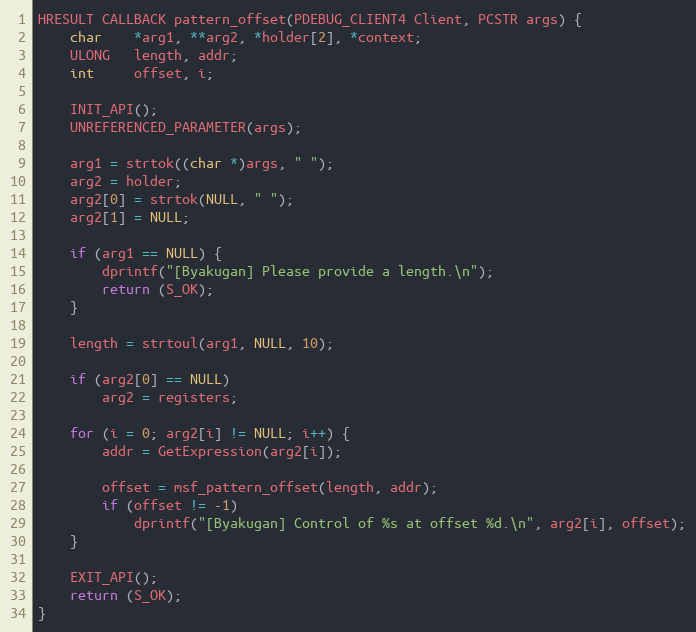
Language: C++
HRESULT CALLBACK pattern_offset(PDEBUG_CLIENT4 Client, PCSTR args) {
    char    *arg1, **arg2, *holder[2], *context;
    ULONG   length, addr;
    int     offset, i;

    INIT_API();
    UNREFERENCED_PARAMETER(args);

    arg1 = strtok((char *)args, " ");
    arg2 = holder;
    arg2[0] = strtok(NULL, " ");
    arg2[1] = NULL;

    if (arg1 == NULL) {
        dprintf("[Byakugan] Please provide a length.\n");
        return (S_OK);
    }

    length = strtoul(arg1, NULL, 10);

    if (arg2[0] == NULL)
        arg2 = registers;

    for (i = 0; arg2[i] != NULL; i++) {
        addr = GetExpression(arg2[i]);

        offset = msf_pattern_offset(length, addr);
        if (offset != -1)
            dprintf("[Byakugan] Control of %s at offset %d.\n", arg2[i], offset);
    }

    EXIT_API();
    return (S_OK);
}